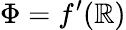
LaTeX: \Phi=f^{\prime}(\mathbb{R})